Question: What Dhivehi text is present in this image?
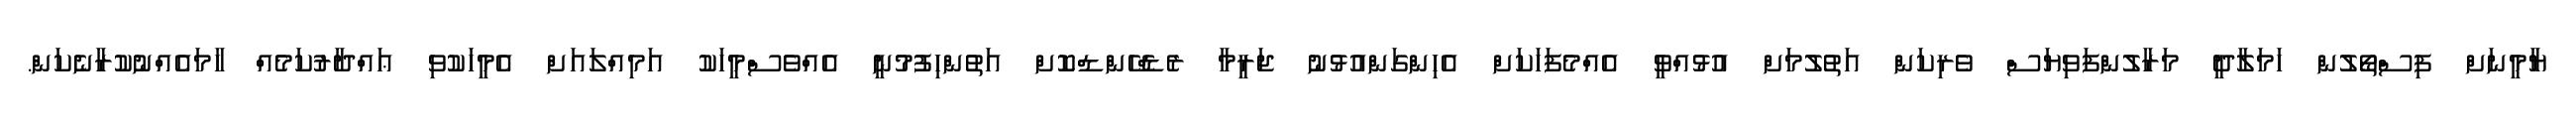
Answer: ޔާމީނަށް ފިސްތޯލުން ހަމަލާދީ މަރާލުންފަވިޔަސް ވެރިކަން އަތުލުމަށް އުޅުއްވީ އެއްމެފަހަކަށް އެހިންގަންއުޅުނު ޖަރީމާ ރެޑްހޭންޑްކޮށް އަތުންހިފުމުނީ އެއްވެސްމީހަކު އަމިއްލައަށް އެމީހަކުވި ޢައްދާރުކަމެއް ހާމައެއްނުކުރާނެކަން.